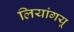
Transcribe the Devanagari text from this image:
लियांगयू